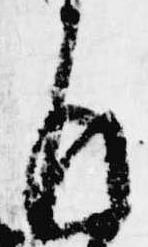
返